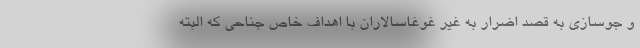
و جوسازی به قصد اضرار به غیر غوغاسالاران با اهداف خاص جناحی که البته